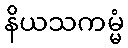
နိယသကမ္မံ